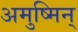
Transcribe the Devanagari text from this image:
अमुष्मिन्